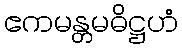
ဧကမန္တမဓိဋ္ဌဟံ